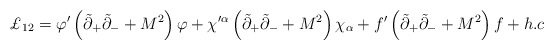
\begin{align*}\pounds _{12}=\varphi ^{\prime }\left( \tilde{\partial}_{+}\tilde{\partial}_{-}+M^2\right) \varphi +\chi ^{\prime \alpha }\left( \tilde{\partial}_{+}\tilde{\partial}_{-}+M^2\right) \chi _\alpha +f^{\prime }\left( \tilde{\partial}_{+}\tilde{\partial}_{-}+M^2\right) f+h.c\end{align*}